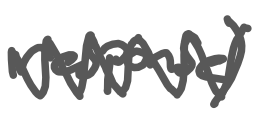
Text: response)
Cross-out: mix
Writing tool: digital_gray